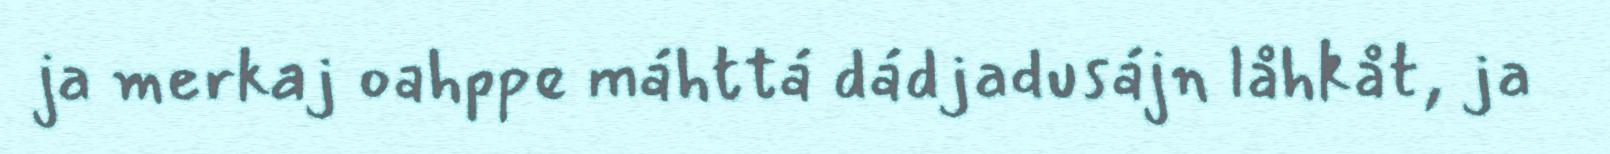
ja merkaj oahppe máhttá dádjadusájn låhkåt, ja